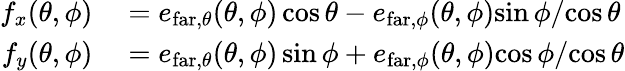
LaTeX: \begin{array}{rl}{f_{x}(\theta,\phi)}&{{}=e_{\mathrm{far},\theta}(\theta,\phi)\cos\theta-e_{\mathrm{far},\phi}(\theta,\phi){\sin\phi}/{\cos\theta}}\\ {f_{y}(\theta,\phi)}&{{}=e_{\mathrm{far},\theta}(\theta,\phi)\sin\phi+e_{\mathrm{far},\phi}(\theta,\phi){\cos\phi}/{\cos\theta}}\end{array}